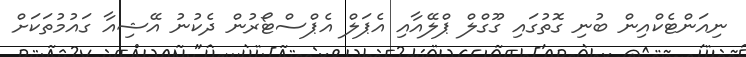
ނިއަންޓެކްއިން ބުނި ގޮތުގައި ގޫގްލް ޕްލޭއާއި އެޕަލް އެޕްސްޓޯރުން ދެކުނު އޭޝިއާ ގައުމުތަކަށް